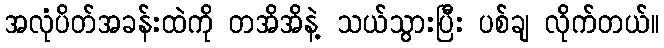
အလုံပိတ်အခန်းထဲကို တအိအိနဲ့ သယ်သွားပြီး ပစ်ချ လိုက်တယ်။